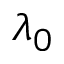
\lambda _ { 0 }